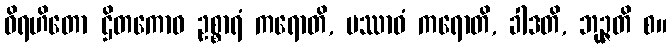
ဝိရဟိတော ဌိတကောဝ ဥစ္စာရံ ကရောတိ, ပဿာဝံ ကရောတိ, ခါဒတိ, ဘုဉ္ဇတိ စ။